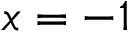
x = - 1